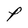
Character: P